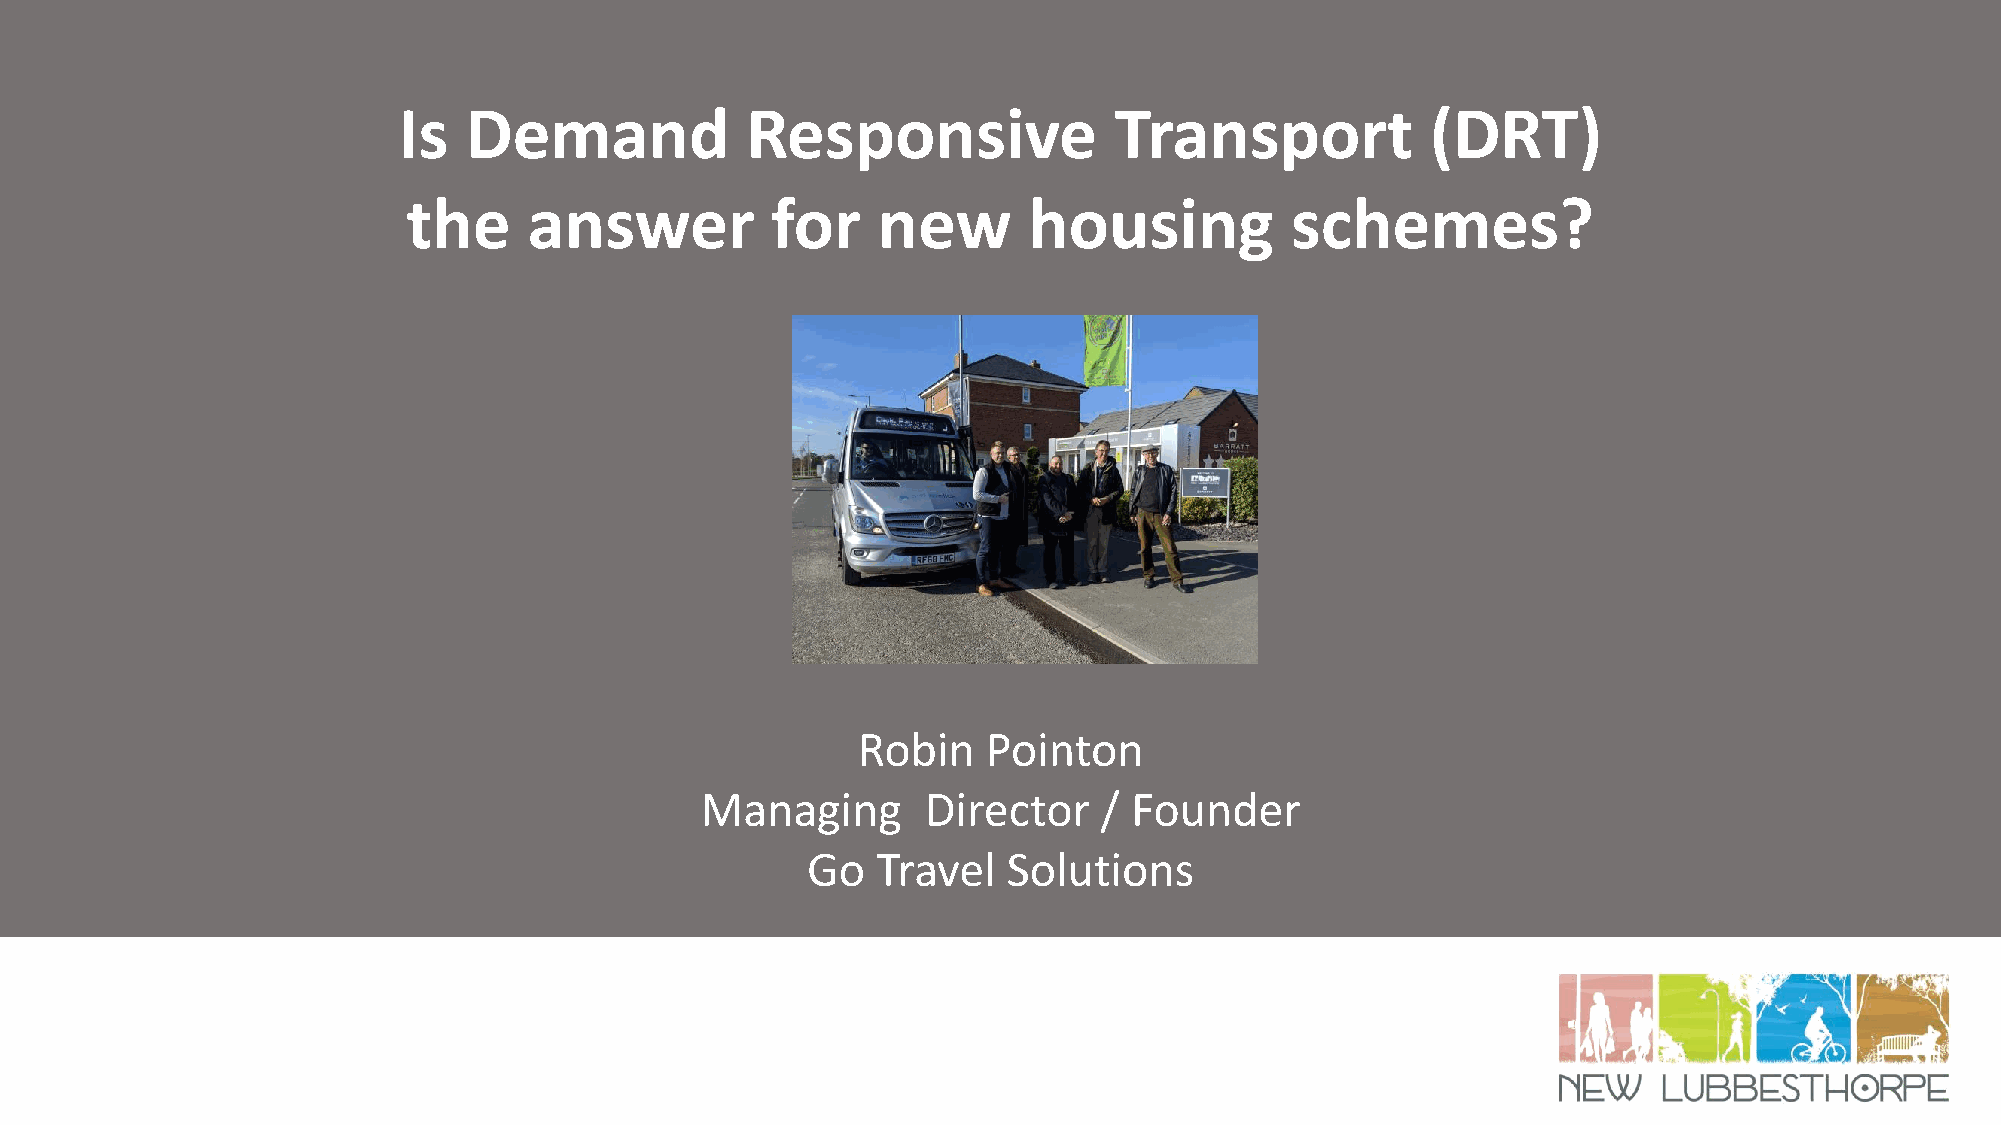
Is   Demand            Responsive               Transport            (DRT)
 the     answer          for    new       housing          schemes?
 Robin   Pointon
 Managing       Director    / Founder
 Go   Travel   Solutions